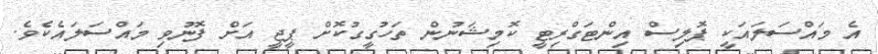
އެ މައްސަލައަކީ ޕޮލިސް އިންޓަގްރިޓީ ކޮމިޝަނުން ތަހުގީގުކޮށް ޕީޖީ އަށް ފޮނުވި މައްސަލައެކެވެ.